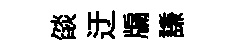
燄迂牖謙